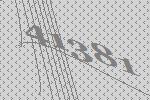
41381